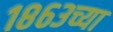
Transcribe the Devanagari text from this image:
१८६३च्या